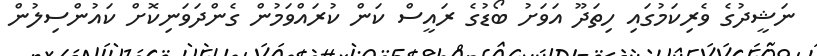
ނަޝީދުގެ ވެރިކަމުގައި ހިތަދޫ އަވަށު ބޯޑުގެ ރައީސް ކަން ކުރައްވަމުން ގެންދަވަނިކޮށް ކައުންސިލުން